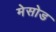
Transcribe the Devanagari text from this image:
मेसोड